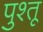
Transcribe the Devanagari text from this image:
पुश्‍तू